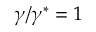
\gamma / \gamma ^ { * } = 1